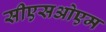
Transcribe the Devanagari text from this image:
सीएसओएम